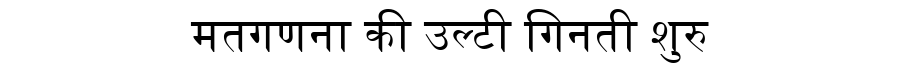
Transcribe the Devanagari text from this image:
मतगणना की उल्टी गिनती शुरु